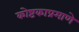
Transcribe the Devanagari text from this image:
कोष्टकाप्रमाणे